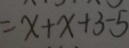
= x + x + 3 - 5